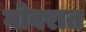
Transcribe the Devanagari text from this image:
गोवरात